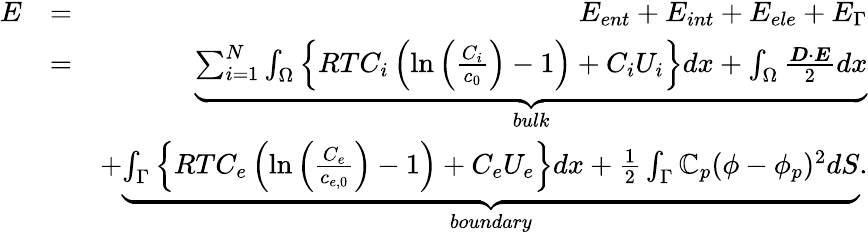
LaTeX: \begin{array}{rlr}{E}&{=}&{E_{ent}+E_{int}+E_{ele}+E_{\Gamma}}\\ &{=}&{\underbrace{\sum_{i=1}^{N}\int_{\Omega}\left\{ RTC_{i}\left(\ln{\left(\frac{C_{i}}{c_{0}}\right)}-1\right)+C_{i}U_{i}\right\} dx+\int_{\Omega}\frac{\boldsymbol{D}\cdot\boldsymbol{E}}{2}dx}_{bulk}}\\ &{}&{+\underbrace{\int_{\Gamma}\left\{ RTC_{e}\left(\ln{\left(\frac{C_{e}}{c_{e,0}}\right)}-1\right)+C_{e}U_{e}\right\} dx+\frac 12\int_{\Gamma}\mathbb{C}_{p}(\phi-\phi_{p})^{2}dS}_{boundary}.}\end{array}